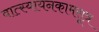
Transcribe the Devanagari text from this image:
वात्स्यायनकामसूत्र